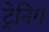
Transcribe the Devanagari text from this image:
ट्रेनिग